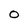
Character: O